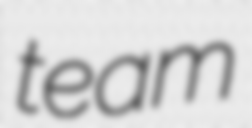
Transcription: team